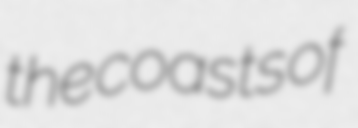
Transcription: the coasts of